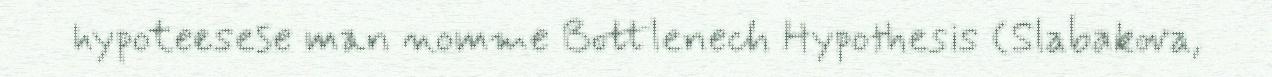
hypoteesese man nomme Bottlenech Hypothesis (Slabakova,